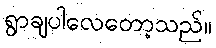
ရွာချပါလေတော့သည်။